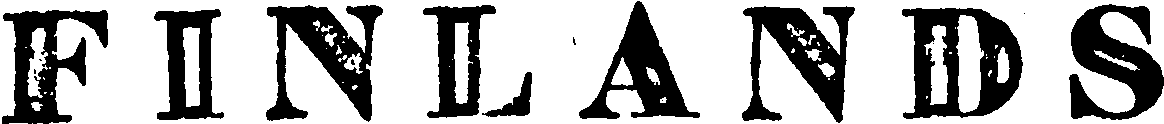
FINLANDS